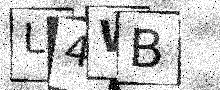
Text: L4WB